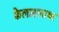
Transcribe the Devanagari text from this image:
कैलाशनाथर